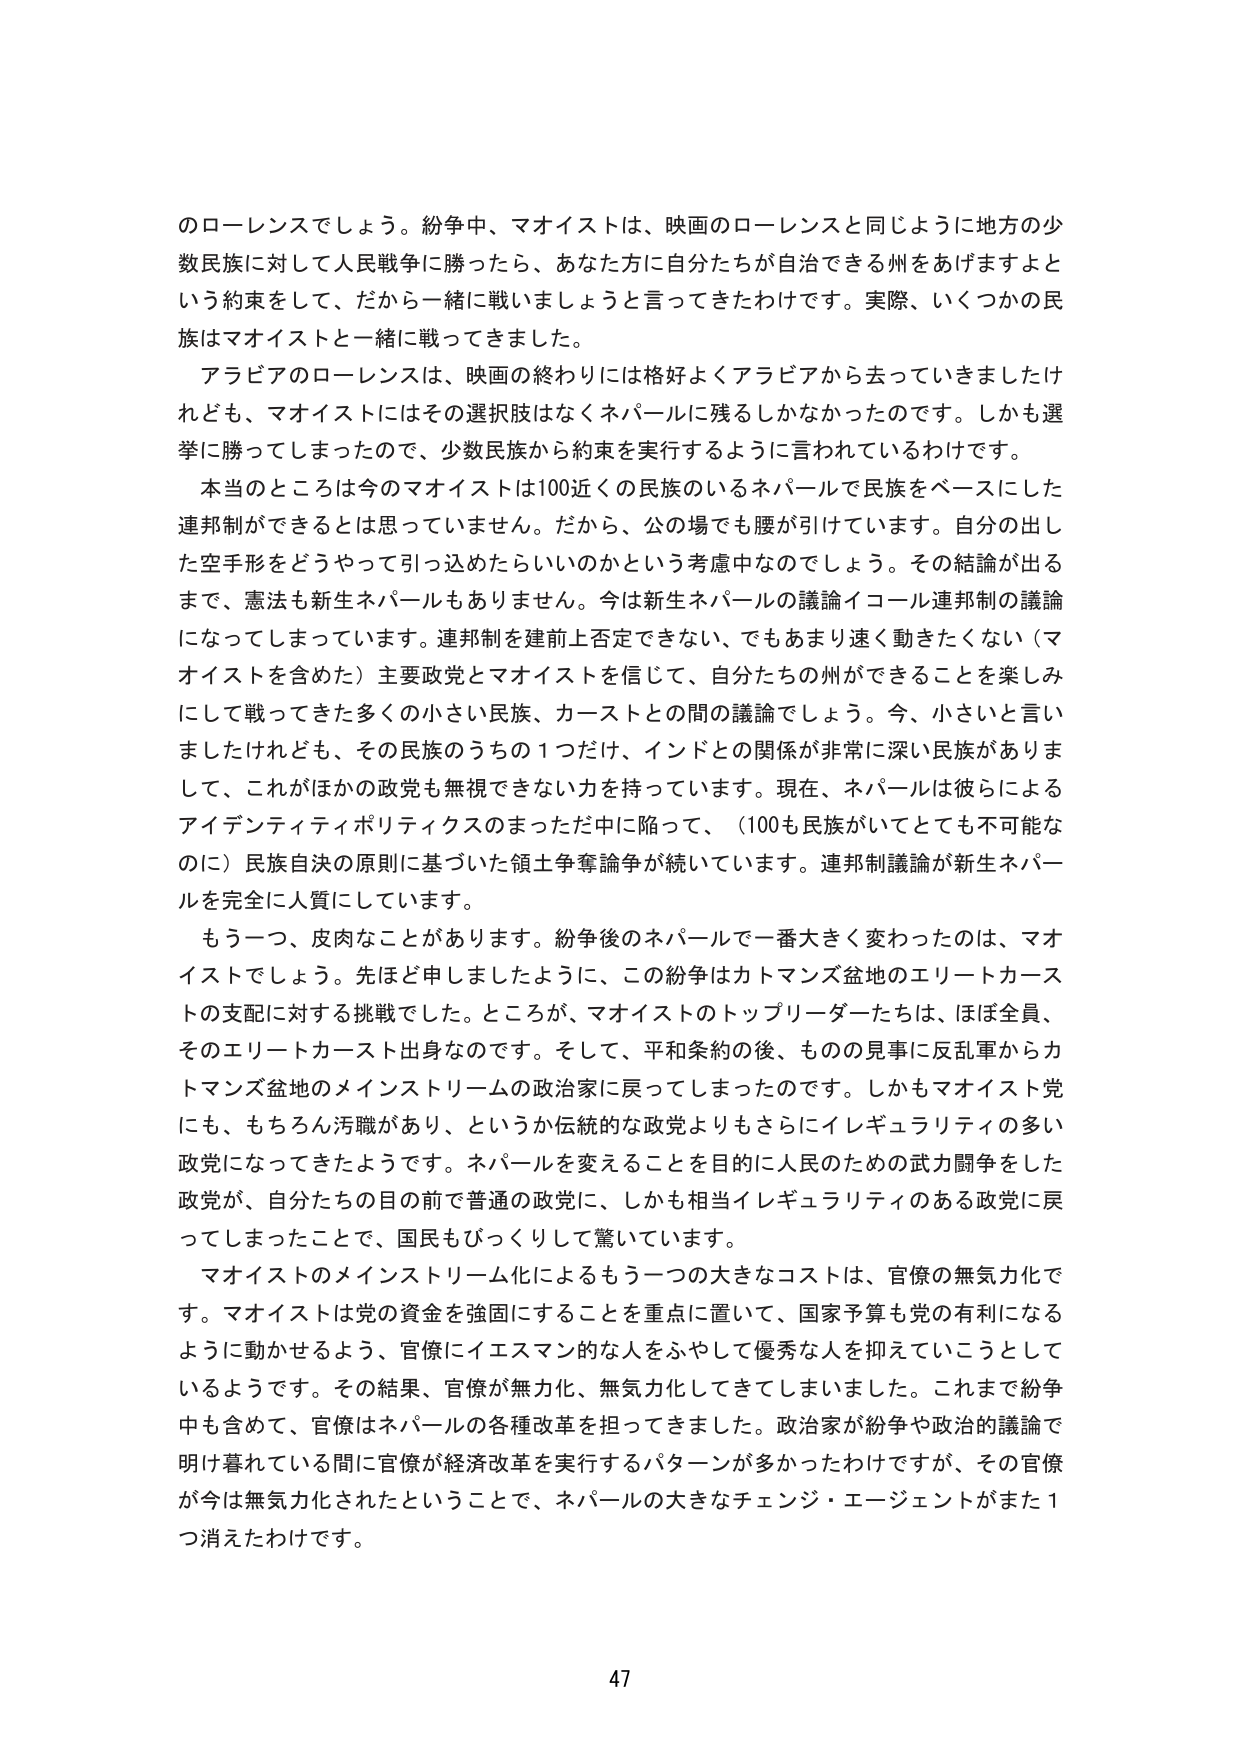
のローレンスでしょう。紛争中、マオイストは、映画のローレンスと同じように地方の少数民族に対して人民戦争に勝ったら、あなた方に自分たちが自治できる州をあげますよという約束をして、だから一緒に戦いましょうと言ってきたわけです。実際、いくつかの民族はマオイストと一緒に戦ってきました。

アラビアのローレンスは、映画の終わりには格好よくアラビアから去っていきましたけれども、マオイストにはその選択肢はなくネパールに残るしかなかったのです。しかも選挙に勝ってしまったので、少数民族から約束を実行するように言われているわけです。

本当のところは今のマオイストは100近くの民族のいるネパールで民族をベースにした連邦制ができるとは思っていません。だから、公の場でも腰が引けています。自分の出した空手形をどうやって引っ込めたらいいのかという考慮中なのでしょう。その結論が出るまで、憲法も新生ネパールもありません。今は新生ネパールの議論イコール連邦制の議論になってしまっています。連邦制を建前上否定できない、でもあまり速く動きたくない（マオイストを含めた）主要政党とマオイストを信じて、自分たちの州ができることを楽しみにして戦ってきた多くの小さい民族、カーストとの間の議論でしょう。今、小さいと言いましたけれども、その民族のうちの1つだけ、インドとの関係が非常に深い民族がありまして、これがほかの政党も無視できない力を持っています。現在、ネパールは彼らによるアイデンティティポリティックスのまっただ中に陥って、（100も民族がいてとても不可能なのに）民族自決の原則に基づいた領土争奪論争が続いています。連邦制議論が新生ネパールを完全に人質にしています。

もう一つ、皮肉なことがあります。紛争後のネパールで一番大きく変わったのは、マオイストでしょう。先ほど申しましたように、この紛争はカトマンズ盆地のエリートカーストの支配に対する挑戦でした。ところが、マオイストのトップリーダーたちは、ほぼ全員、そのエリートカースト出身なのです。そして、平和条約の後、ものの見事に反乱軍からカトマンズ盆地のメインストリームの政治家に戻ってしまったのです。しかもマオイスト党にも、もちろん汚職があり、というか伝統的な政党よりもさらにイレギュラリティの多い政党になってきたようです。ネパールを変えることを目的に人民のための武力闘争をした政党が、自分たちの目の前で普通の政党に、しかも相当イレギュラリティのある政党に戻ってしまったことで、国民もびっくりして驚いています。

マオイストのメインストリーム化によるもう一つの大きなコストは、官僚の無気力化です。マオイストは党の資金を強固にすることを重点に置いて、国家予算も党の有利になるように動かせるよう、官僚にイエスマン的な人をふやして優秀な人を抑えていこうとしているようです。その結果、官僚が無力化、無気力化してきてしまいました。これまで紛争中も含めて、官僚はネパールの各種改革を担ってきました。政治家が紛争や政治的議論で明け暮れている間に官僚が経済改革を実行するパターンが多かったわけですが、その官僚が今無気力化されたということで、ネパールの大きなチェンジ・エージェントがまた1つ消えたわけです。

47